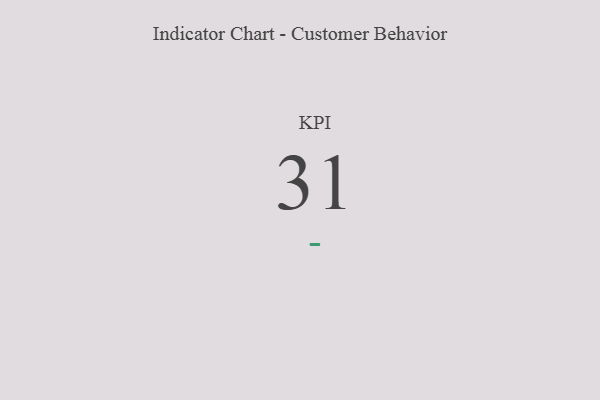
{"axis": {"x": "KPI", "y": "Value"}, "legend": [""], "data": [{"x": "KPI", "y": 31, "type": ""}]}